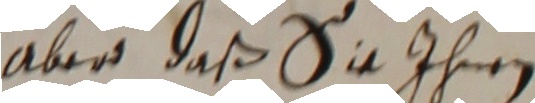
aber, daß sie ihnen